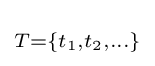
\scriptstyle {T=\{t_{1},t_{2},\ldots \}}